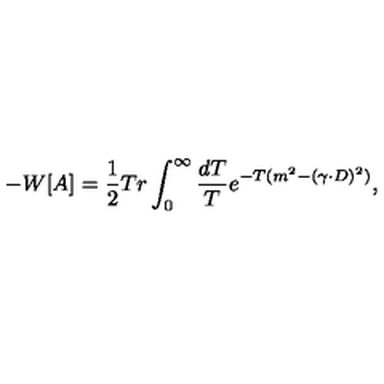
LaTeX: - W [ A ] = { \frac { 1 } { 2 } } T r \int _ { 0 } ^ { \infty } \frac { d T } { T } e ^ { - T ( m ^ { 2 } - ( \gamma \cdot D ) ^ { 2 } ) } ,